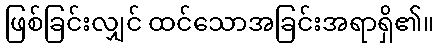
ဖြစ်ခြင်းလျှင် ထင်သောအခြင်းအရာရှိ၏။